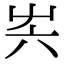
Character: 𡴆